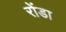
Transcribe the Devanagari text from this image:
रोंडा